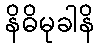
နိဓိမုခါနိ